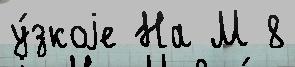
у́зкоjе На М 8